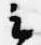
云